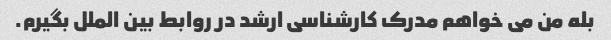
بله من می خواهم مدرک کارشناسی ارشد در روابط بین الملل بگیرم.